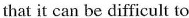
that it can be difficult to